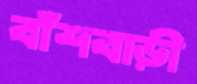
বাঁশবাড়ী